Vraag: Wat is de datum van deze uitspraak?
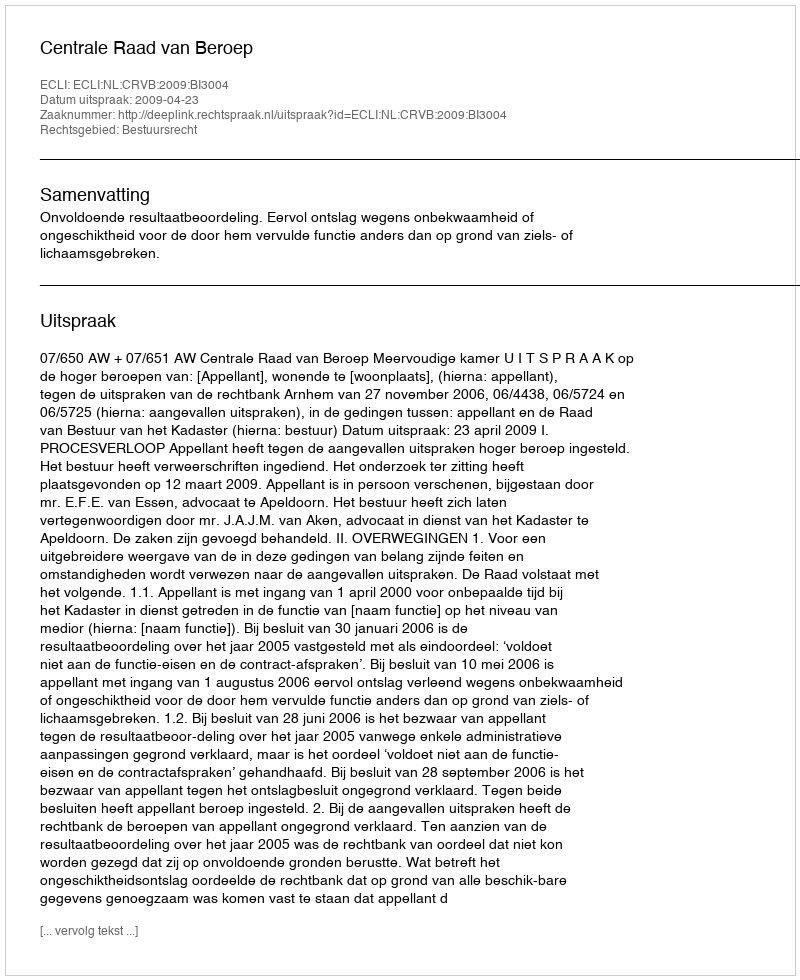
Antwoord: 2009-04-23